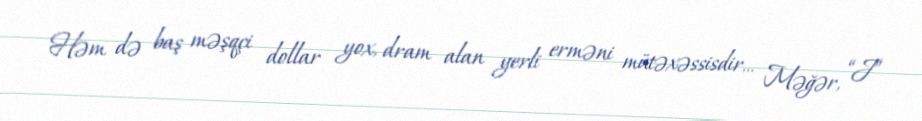
Həm də baş məşqçi dollar yox, dram alan yerli erməni mütəxəssisdir… Məğər, “J”